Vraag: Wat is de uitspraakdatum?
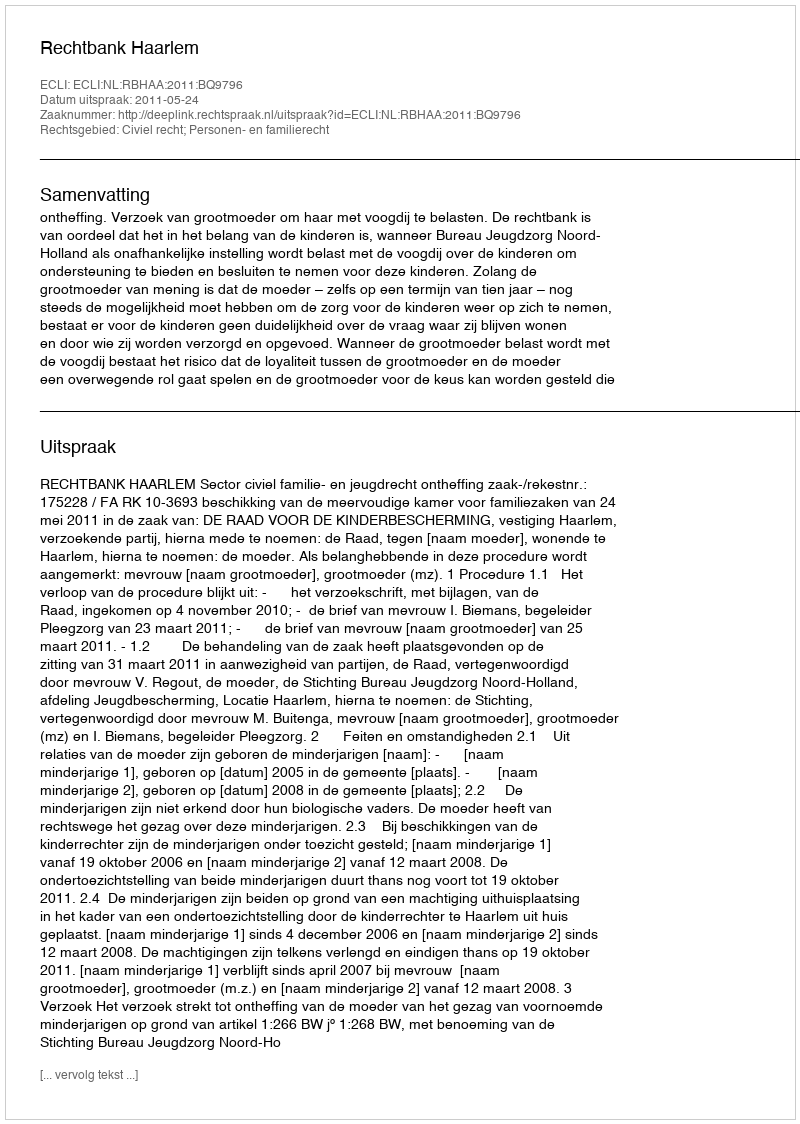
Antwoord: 2011-05-24